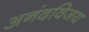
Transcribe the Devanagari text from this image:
अनंदविजय